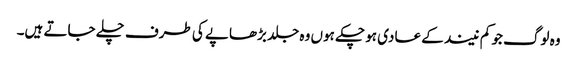
وہ لوگ جو کم نیند کے عادی ہو چکے ہوں وہ جلد بڑھاپے کی طرف چلے جاتے ہیں۔